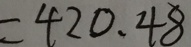
= 4 2 0 . 4 8